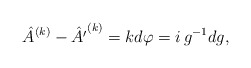
\begin{align*}\hat A^{(k)}-\hat{A'}^{(k)}=k{d\varphi}={i}\,g^{-1} d g,\end{align*}